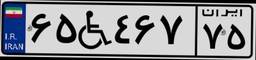
۴۳W۵۹۹۰۰